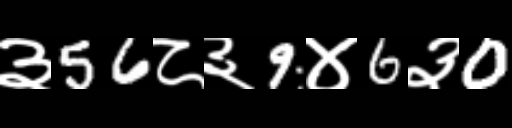
Text: ३56८३9४6३0